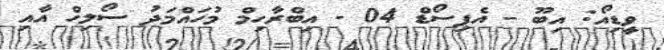
ވީޑިއޯ: އިބޫ - އެޕިސޯޑް 04 - އިބްރާހިމް މުހައްމަދު ސޯލިހް އާއި